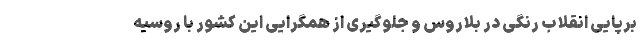
برپایی انقلاب رنگی در بلاروس و جلوگیری از همگرایی این کشور با روسیه